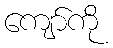
ကျော်ကို